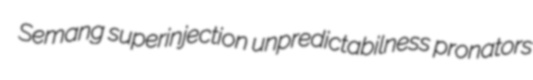
Semang superinjection unpredictabilness pronators